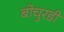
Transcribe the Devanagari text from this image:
बोचुरडी